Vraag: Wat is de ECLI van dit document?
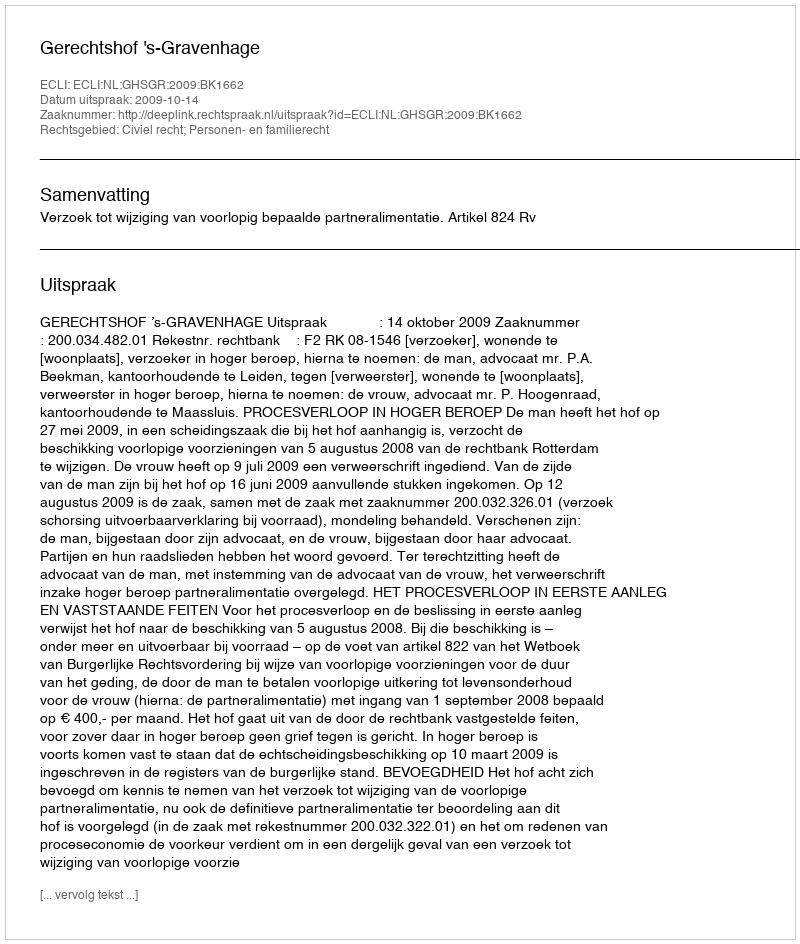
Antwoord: ECLI:NL:GHSGR:2009:BK1662